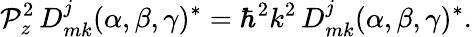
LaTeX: {\mathcal{P}}_{z}^{2}\, D_{mk}^{j}(\alpha,\beta,\gamma)^{*}=\hbar^{2}k^{2}\, D_{mk}^{j}(\alpha,\beta,\gamma)^{*}.